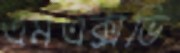
এমএক্সভি